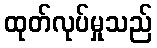
ထုတ်လုပ်မှုသည်